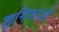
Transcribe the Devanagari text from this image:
शृगिकाओं